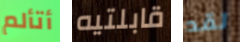
أتألم قابلتيه لقد